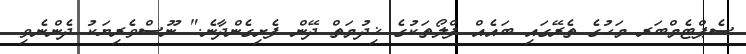
ސެޕްޓެމްބަރ މަހުގެ ތެރޭގައި ބައެއް ފްލޯތަކުގެ ޚިދުމަތް ދޭން ފެށިގެންދާނެ." ނޫސްވެރިޔަކު ދެންނެވި